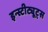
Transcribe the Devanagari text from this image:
इन्स्टीट्यूट्स